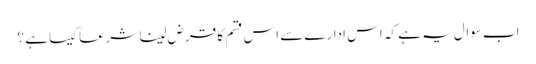
اب سوال یہ ہے کہ اس ادارے سے اس قسم کا قرض لینا شرعاً کیسا ہے ؟